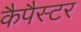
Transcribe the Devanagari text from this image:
कैपैस्टर